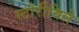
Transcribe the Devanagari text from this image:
स्टोरीविले